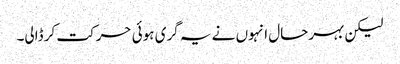
لیکن بہرحال انہوں نے یہ گری ہوئی حرکت کر ڈالی۔